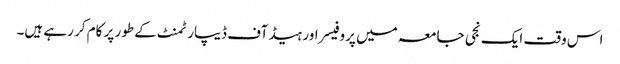
اس وقت ایک نجی جامعہ میں پروفیسر اور ہیڈ آف ڈیپارٹمنٹ کے طور پر کام کر رہے ہیں۔